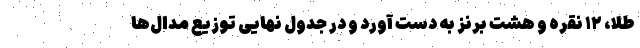
طلا، ۱۲ نقره و هشت برنز به دست آورد و در جدول نهایی توزیع مدال‌ها